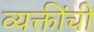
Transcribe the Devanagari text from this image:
व्यक्तींचीं